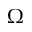
\Omega